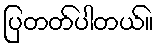
ပြတတ်ပါတယ်။